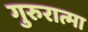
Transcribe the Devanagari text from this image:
गुरुरात्मा